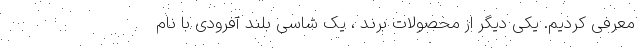
معرفی کردیم. یکی دیگر از محصولات برند ، یک شاسی بلند آفرودی با نام